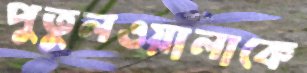
পুতুলওয়ালাকে